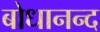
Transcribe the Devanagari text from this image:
बोधानन्द